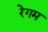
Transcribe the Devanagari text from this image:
रेगम